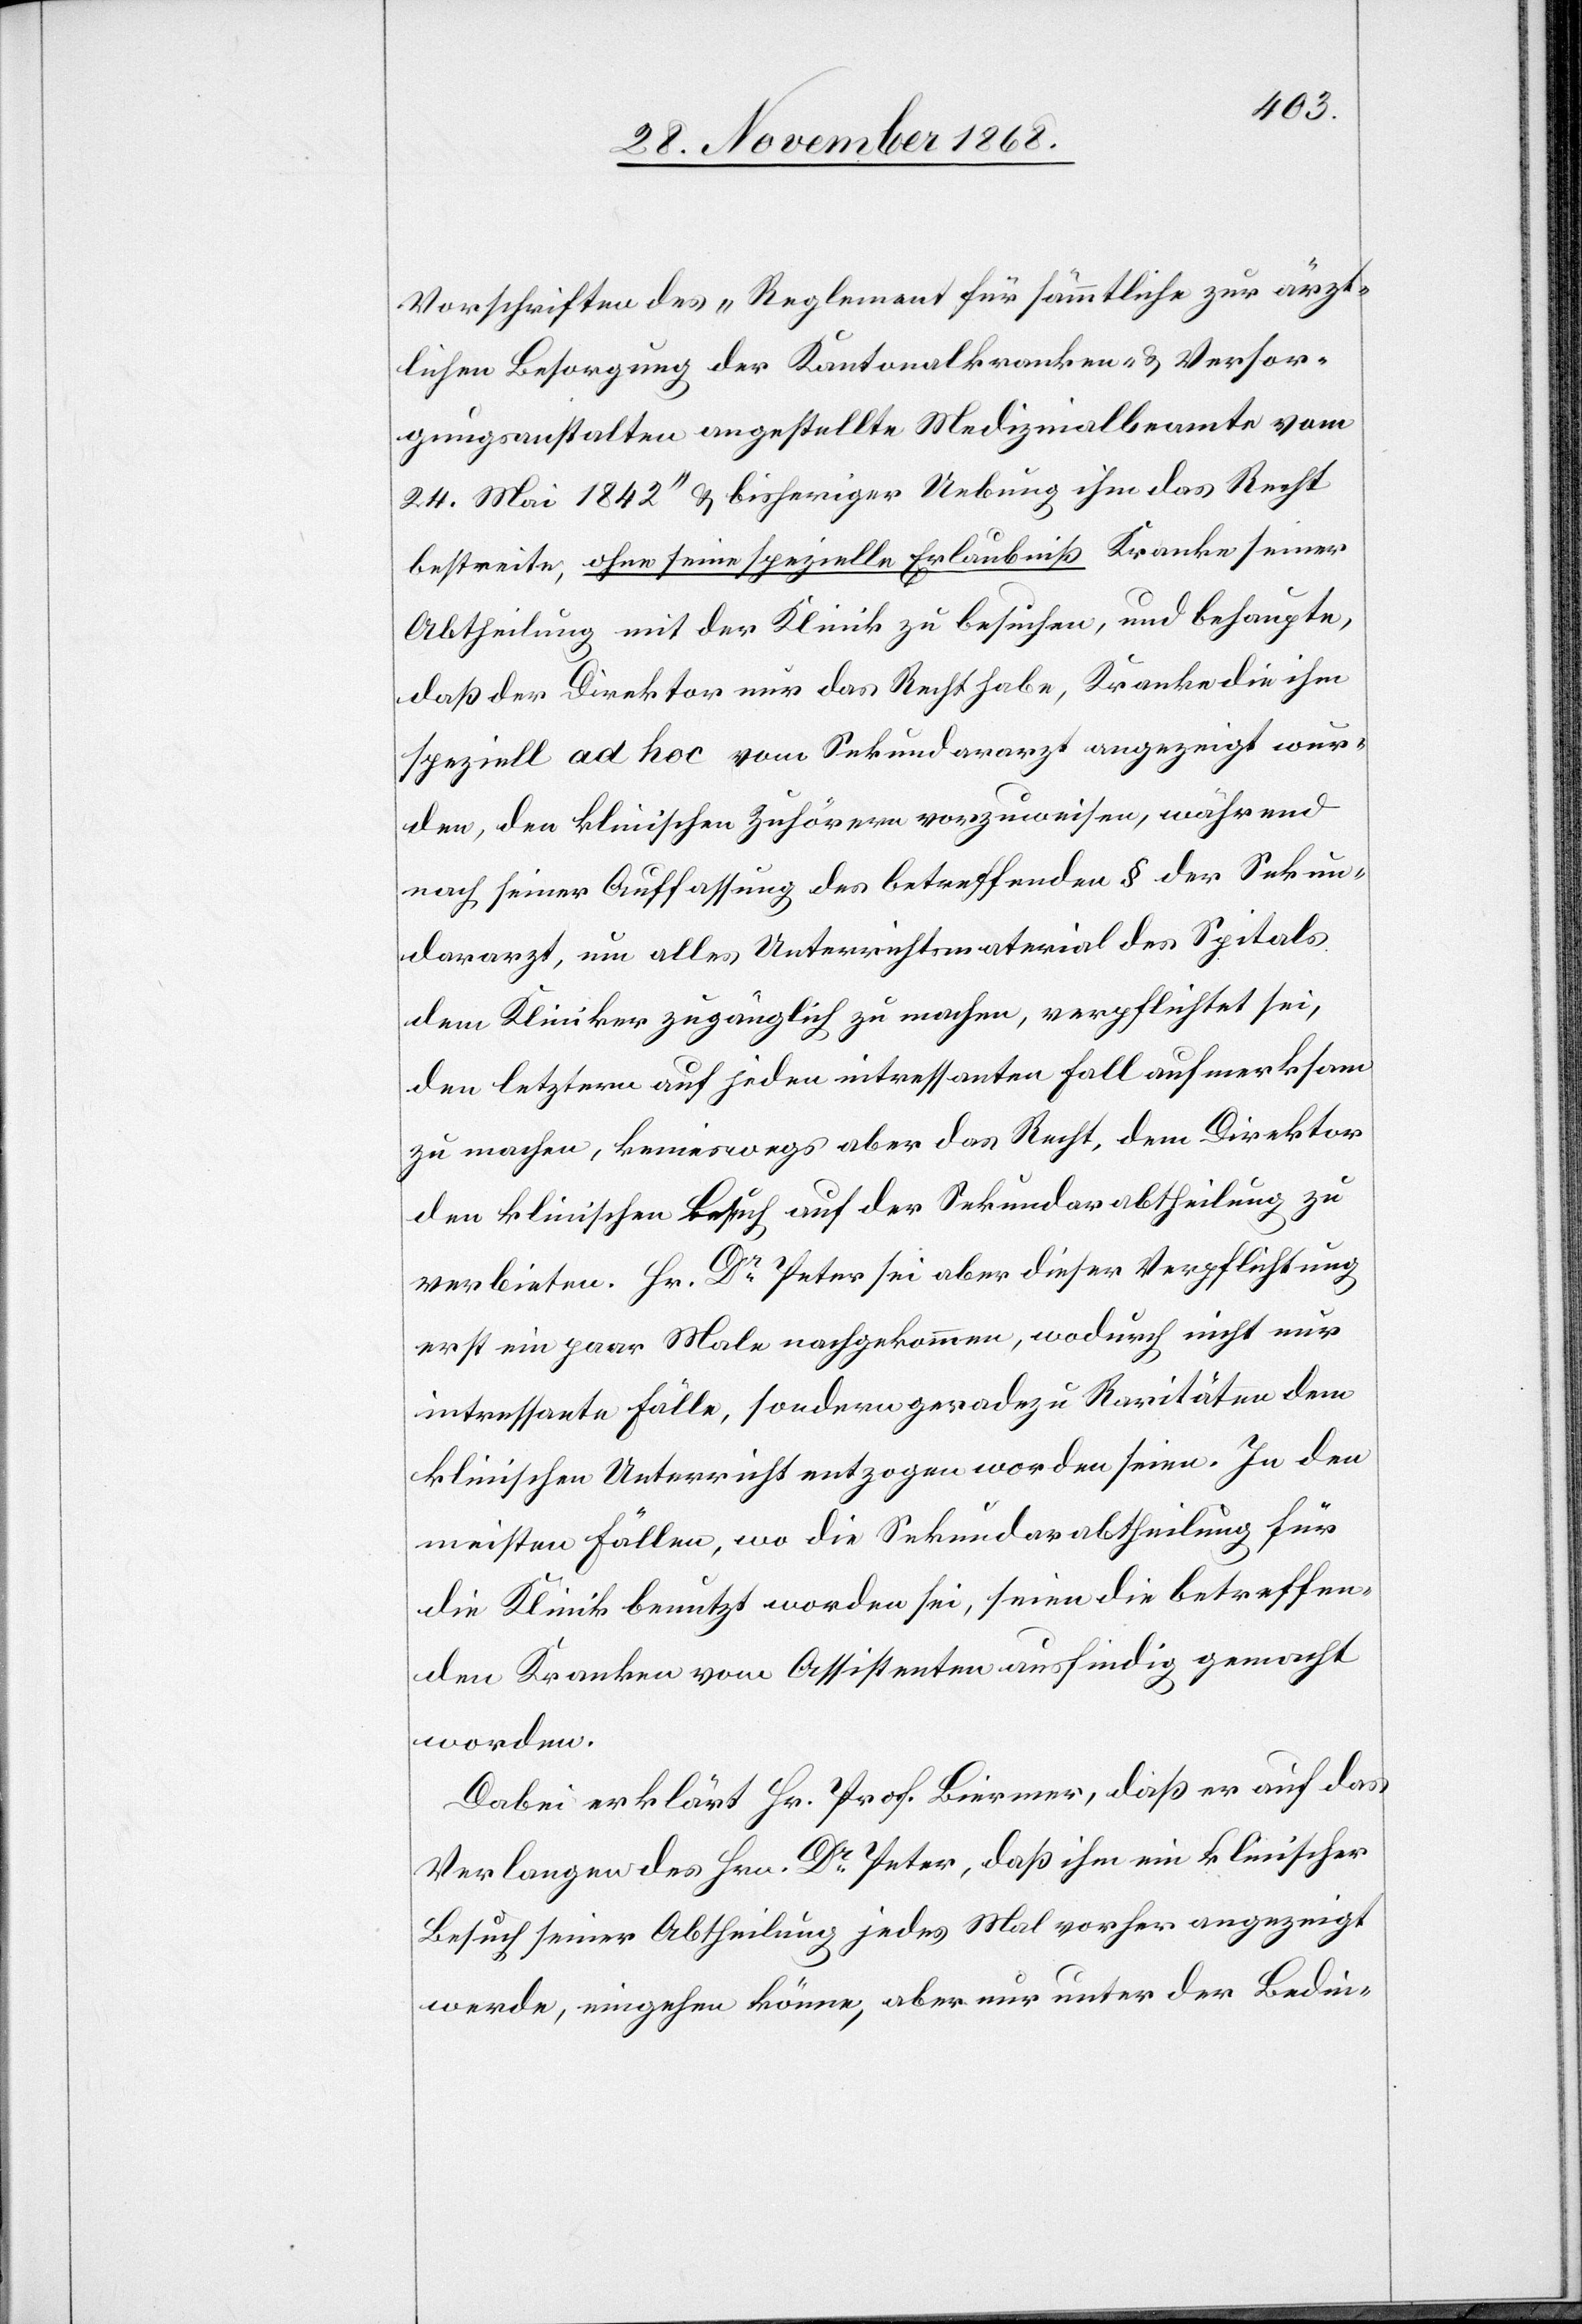
Vorschriften des „Reglement für sämmtliche zur ärzt¬
lichen Besorgung der Kantonalkranken- & Versor¬
gungsanstalten angestellte Medizinalbeamte vom
24. Mai 1842“ & bisheriger Uebung ihm das Recht
bestreite, ohne seine spezielle Erlaubniß Kranke seiner
Abtheilung mit der Klinik zu besuchen, und behaupte,
daß der Direktor nur das Recht habe, Kranke die ihm
speziell ad hoc vom Sekundararzt angezeigt wur¬
den, den klinischen Zuhörern vorzuweisen, während
nach seiner Auffassung des betreffenden § der Sekun¬
dararzt, um alles Unterrichtsmaterial des Spitals
dem Kliniker zugänglich zu machen, verpflichtet sei,
den letztern auf jeden intressanten Fall aufmerksam
zu machen, keineswegs aber das Recht, dem Direktor
den klinischen Besuch auf der Sekundarabtheilung zu
verbieten. Hr. Dr Peter sei aber dieser Verpflichtung
erst ein paar Male nachgekommen, wodurch nicht nur
intressante Fälle, sondern geradezu Raritäten dem
klinischen Unterricht entzogen worden seien. In den
meisten Fällen, wo die Sekundarabtheilung für
die Klinik benutzt worden sei, seien die betreffen¬
den Kranken vom Assistenten ausfindig gemacht
worden.
Dabei erklärt Hr. Prof. Biermer, daß er auf das
Verlangen des Hrn. Dr Peter, daß ihm ein klinischer
Besuch seiner Abtheilung jedes Mal vorher angezeigt
werde, eingehen könne, aber nur unter der Bedin-